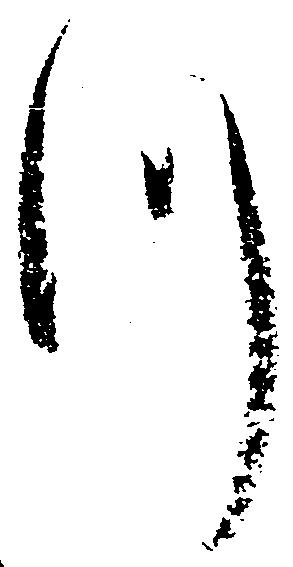
つ